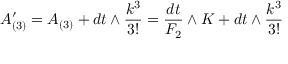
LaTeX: A _ { ( 3 ) } ^ { \prime } = A _ { ( 3 ) } + d t \wedge { \frac { k ^ { 3 } } { 3 ! } } = { \frac { d t } { F _ { 2 } } } \wedge K + d t \wedge { \frac { k ^ { 3 } } { 3 ! } }